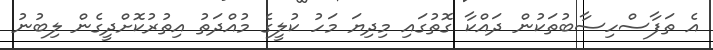
އެ ތަފާސްހިސާބުތަކުން ދައްކާ ގޮތުގައި މިދިޔަ މަހު ކުލީގެ މުއްދަތު އިތުރުކޮށްދީގެން ލިބުނު